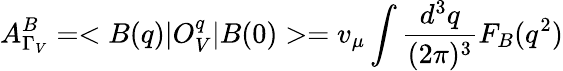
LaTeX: A_{\Gamma_{V}}^{B}=<B(q)|O_{V}^{q}|B(0)>=v_{\mu}\int{\frac{d^{3}q}{(2\pi)^{3}}}F_{B}(q^{2})